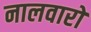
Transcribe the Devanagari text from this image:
नालवारों